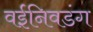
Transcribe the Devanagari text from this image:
वईनिवडंग